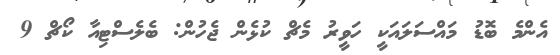
އެންމެ ބޮޑު މައްސަލައަކީ ހަވީރު މެޗް ކުޅެން ޖެހުން: ބެލެސްޓިއާ ކޯޗް 9